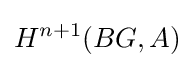
H^{n+1}(BG,A)